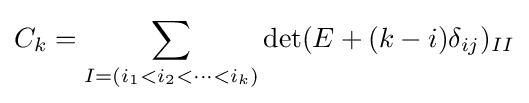
C_{k}=\sum _{I=(i_{1}<i_{2}<\cdots <i_{k})}\det(E+(k-i)\delta _{ij})_{II}